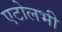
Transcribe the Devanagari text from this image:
एटोलभी